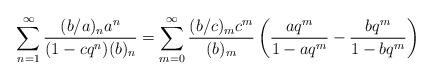
LaTeX: \begin{align*}\sum_{n =1}^{\infty} \frac{ (b/a)_n a^n }{ (1- c q^n) (b)_n } = \sum_{m=0}^{\infty}\frac{(b/c)_mc^m}{(b)_m}\left(\frac{aq^m}{1-aq^m}-\frac{bq^m}{1-bq^m}\right)\end{align*}